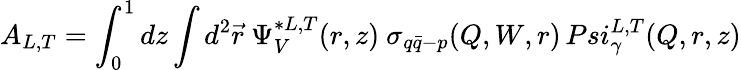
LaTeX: A_{L,T}=\int_{0}^{1}dz\int d^{2}\vec{r}\ \Psi_{V}^{*L,T}(r,z)\ \sigma_{q\bar{q}-p}(Q,W,r)\, Psi_{\gamma}^{L,T}(Q,r,z)